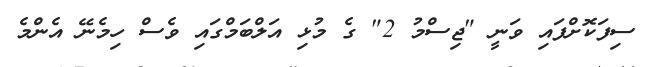
ސިފަކޮށްފައި ވަނީ "ޖިސްމު 2" ގެ މުޅި އަލްބަމްގައި ވެސް ހިމެނޭ އެންމެ